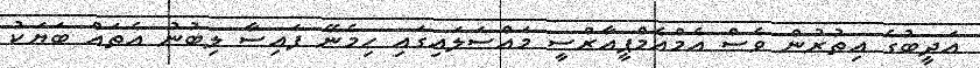
އަދީބުގެ އިތުރުން ވެސް އެމްއެމްޕީއާރްސީ މައްސަލައިގައި ހިމެނޭ ފައިސާ ލިބުނު އެތައް ބަޔަކު